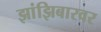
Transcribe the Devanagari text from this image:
झांझिबारवर